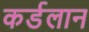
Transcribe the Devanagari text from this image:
कर्डलान